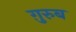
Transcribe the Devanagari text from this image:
ग़़ुरुब